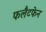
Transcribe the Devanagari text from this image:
फलैटफेन